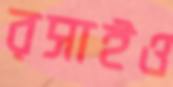
রসাইও